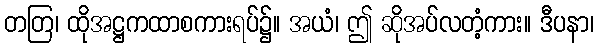
တတြ၊ ထိုအဋ္ဌကထာစကားရပ်၌။ အယံ၊ ဤ ဆိုအပ်လတံ့ကား။ ဒီပနာ၊